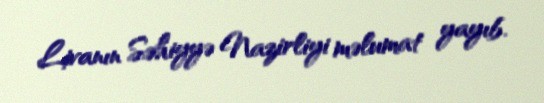
Livanın Səhiyyə Nazirliyi məlumat yayıb.